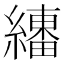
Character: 𱺉